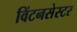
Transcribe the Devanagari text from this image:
विंटनसेस्टर